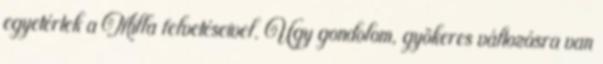
egyetértek a Milla felvetéseivel. Úgy gondolom, gyökeres változásra van